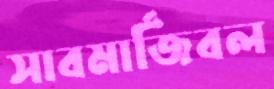
সাবমার্জিবল